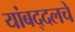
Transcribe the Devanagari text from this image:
यांबद्दलचे